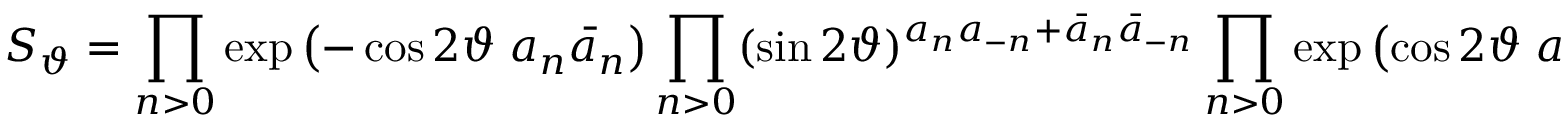
S _ { \vartheta } = \prod _ { n > 0 } \exp \left( - \cos 2 \vartheta \; a _ { n } \bar { a } _ { n } \right) \prod _ { n > 0 } ( \sin 2 \vartheta ) ^ { a _ { n } a _ { - n } + \bar { a } _ { n } \bar { a } _ { - n } } \prod _ { n > 0 } \exp \left( \cos 2 \vartheta \; a _ { - n } \bar { a } _ { - n } \right)